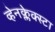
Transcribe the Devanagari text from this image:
व्हेनक्लेक्स्टा